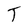
Character: T